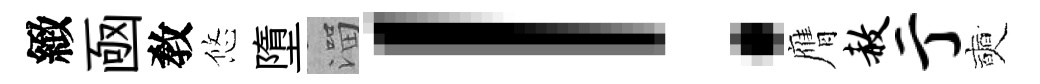
緻凾敎悠墮溜！膺赦亍奭